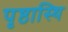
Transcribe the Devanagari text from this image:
पृष्ठास्थि